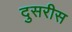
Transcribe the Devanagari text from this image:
दुसरीस